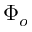
\Phi _ { o }